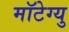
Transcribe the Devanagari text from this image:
मॉटेग्यु